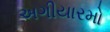
અગીયારમો